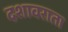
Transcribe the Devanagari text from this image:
दशावराता